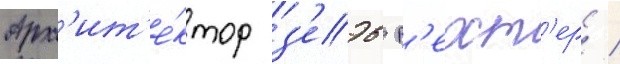
Арх'ит'е́ктор з'еэв р'ехт'ер /